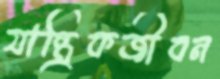
যান্ত্রিকজীবন